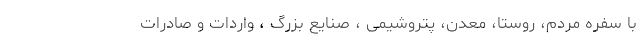
با سفره مردم، روستا، معدن، پتروشیمی ، صنایع بزرگ ، واردات و صادرات